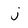
Character: j